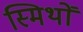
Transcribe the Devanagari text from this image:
स्मिथों